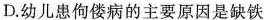
D.幼儿患佝偻病的主要原因是缺铁